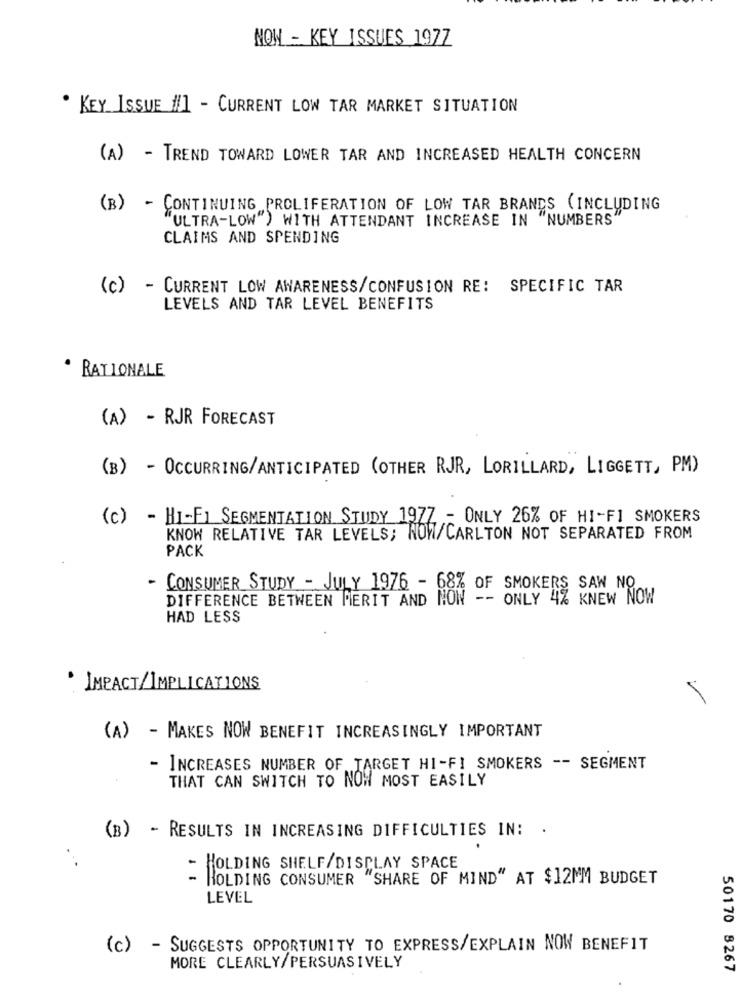
NOW - KEY ISSUES 197Z
. KEY_ ISSUE #] - CURRENT LOW TAR MARKET SITUATION
(A) - TREND TOWARD LOWER TAR AND INCREASED HEALTH CONCERN
(B) - CONTINUING PROLIFERATION OF LOW TAR BRANDS ( INCLUDING
ULTRA-LOW") WITH ATTENDANT INCREASE IN "NUMBERS"
CLAIMS AND SPENDING
(c) - CURRENT LOW AWARENESS/CONFUSION RE: SPECIFIC TAR
LEVELS AND TAR LEVEL BENEFITS
· RATIONALE
(A) - RJR FORECAST
(B) - OCCURRING/ANTICIPATED (OTHER RJR, LORILLARD, LIGGETT, PM)
(c) - HI-FI SEGMENTATION STUDY 1977 - ONLY 26% OF HI-FI SMOKERS
KNOW RELATIVE TAR LEVELS; NOW/CARLTON NOT SEPARATED FROM
PACK
CONSUMER STUDY - JULY 1976 - 68% OF SMOKERS SAW NO
DIFFERENCE BETWEEN MERIT AND NON -- ONLY 4% KNEW NOW
HAD LESS
. IMPACT/IMPLICATIONS
(A) - MAKES NOW BENEFIT INCREASINGLY IMPORTANT
- INCREASES NUMBER OF TARGET HI-FI SMOKERS -- SEGMENT
THAT CAN SWITCH TO NOW MOST EASILY
(B) - RESULTS IN INCREASING DIFFICULTIES IN: .
HOLDING SHELF/DISPLAY SPACE
=
HOLDING CONSUMER "SHARE OF MIND" AT $12MM BUDGET
LEVEL
(c) - SUGGESTS OPPORTUNITY TO EXPRESS/EXPLAIN NOW BENEFIT
MORE CLEARLY/PERSUASIVELY
50170 8267